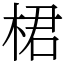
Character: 桾